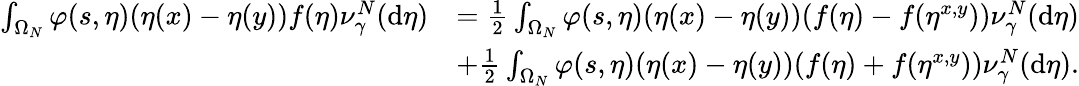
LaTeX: \begin{array}{rl}{\int_{\Omega_{N}}\varphi(s,\eta)(\eta(x)-\eta(y))f(\eta)\nu_{\gamma}^{N}(\mathrm{d}\eta)}&{=\frac 12\int_{\Omega_{N}}\varphi(s,\eta)(\eta(x)-\eta(y))(f(\eta)-f(\eta^{x,y}))\nu_{\gamma}^{N}(\mathrm{d}\eta)}\\ &{+\frac 12\int_{\Omega_{N}}\varphi(s,\eta)(\eta(x)-\eta(y))(f(\eta)+f(\eta^{x,y}))\nu_{\gamma}^{N}(\mathrm{d}\eta).}\end{array}